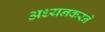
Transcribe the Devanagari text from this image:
अध्यनकरने